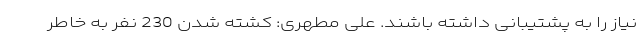
نیاز را به پشتیبانی داشته باشند. علی مطهری: کشته شدن 230 نفر به خاطر